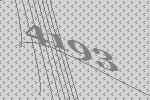
4193